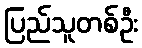
ပြည်သူတစ်ဦး